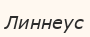
Линнеус